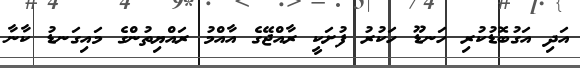
އަދި އަގުބޮޑުކުރި ހަނޑޫ ހަކުރު ފުށަކީ ރާއްޖޭގެ އާއްމު ރައްޔިތުންގެ މައިގަނޑު ކާނާ